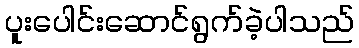
ပူးပေါင်းဆောင်ရွက်ခဲ့ပါသည်